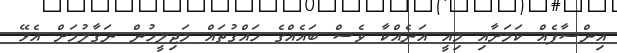
އިންސާފެއް ކަމަށާއި މިއީ އަނެއްކާ ވެސް ބައެއްގެ ހައްގުތައް މަޖިލީހުން ނަގާލުމަށް އެޅޭ